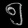
Digit: ၅